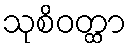
သုစိဝတ္ထာ